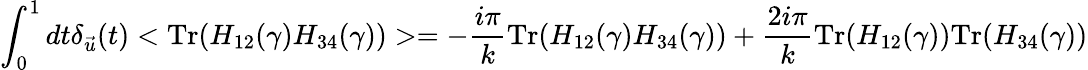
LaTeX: \int_{0}^{1}dt\delta_{\vec{u}}(t)<\mathrm{Tr}(H_{12}(\gamma)H_{34}(\gamma))>=-{\frac{i\pi}{k}}\mathrm{Tr}(H_{12}(\gamma)H_{34}(\gamma))+{\frac{2i\pi}{k}}\mathrm{Tr}(H_{12}(\gamma))\mathrm{Tr}(H_{34}(\gamma))